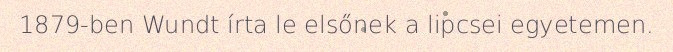
1879-ben Wundt írta le elsőnek a lipcsei egyetemen.